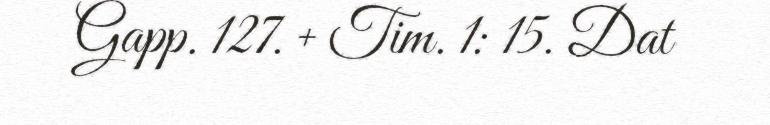
Gapp. 127. + Tim. 1: 15. Dat